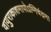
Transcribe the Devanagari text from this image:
वायुराकाशमापोऽग्‍निचंद्रमा